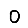
Digit: 0